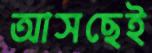
আসছেই